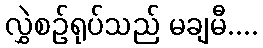
လွှဲစဉ်ရုပ်သည် မချမီ....